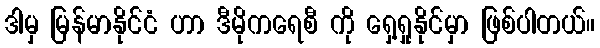
ဒါမှ မြန်မာနိုင်ငံ ဟာ ဒီမိုကရေစီ ကို ရှေ့ရှုနိုင်မှာ ဖြစ်ပါတယ်။